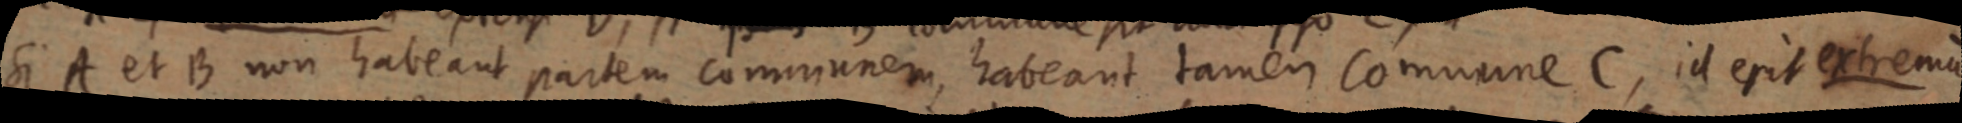
Si A et B non habeant partem communem, habeant tamen commune c, id erit extremum